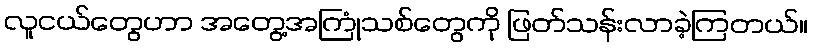
လူငယ်တွေဟာ အတွေ့အကြုံသစ်တွေကို ဖြတ်သန်းလာခဲ့ကြတယ်။